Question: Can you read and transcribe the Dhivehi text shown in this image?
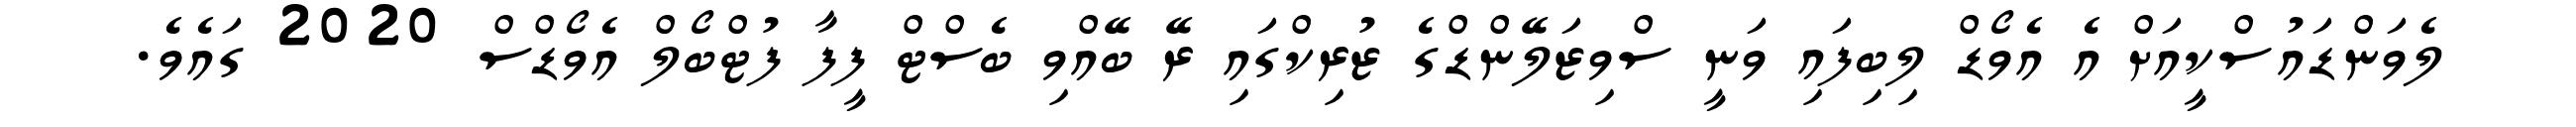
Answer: ލެވަންޑައުސްކީއަށް އެ އެވޯޑް ލިބިފައި ވަނީ ސްވިޒަލޭންޑްގެ ޒުރިކްގައި ރޭ ބޭއްވި ބެސްޓް ފީފާ ފުޓްބޯލް އެވޯޑްސް 2020 ގައެވެ.